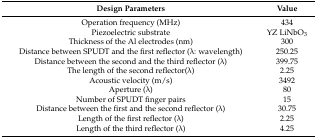
<table><thead><tr><td><b>Design Parameters</b></td><td><b>Value</b></td></tr></thead><tbody><tr><td>Operation frequency (MHz)</td><td>434</td></tr><tr><td>Piezoelectric substrate </td><td>YZ LiNbO<sub>3</sub></td></tr><tr><td>Thickness of the Al electrodes (nm)</td><td>300</td></tr><tr><td>Distance between SPUDT and the first reflector (λ: wavelength)</td><td>250.25</td></tr><tr><td>Distance between the second and the third reflector (λ)</td><td>399.75</td></tr><tr><td>The length of the second reflector(λ)</td><td>2.25</td></tr><tr><td>Acoustic velocity (m/s)</td><td>3492</td></tr><tr><td>Aperture (λ)</td><td>80</td></tr><tr><td>Number of SPUDT finger pairs</td><td>15</td></tr><tr><td>Distance between the first and the second reflector (λ)</td><td>30.75</td></tr><tr><td>Length of the first reflector (λ)</td><td>2.25</td></tr><tr><td>Length of the third reflector (λ)</td><td>4.25</td></tr></tbody></table>